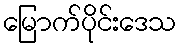
မြောက်ပိုင်းဒေသ